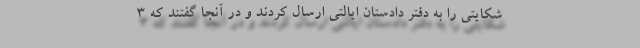
شکایتی را به دفتر دادستان ایالتی ارسال کردند و در آنجا گفتند که ۳